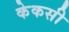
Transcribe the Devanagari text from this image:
केकसी